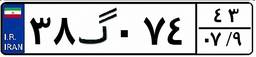
۳۸گ۰۷۴۴۳